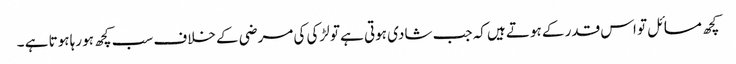
کچھ مسائل تو اس قدر کے ہوتے ہیں کہ جب شادی ہوتی ہے تو لڑکی کی مرضی کے خلاف سب کچھ ہو رہا ہوتا ہے ۔